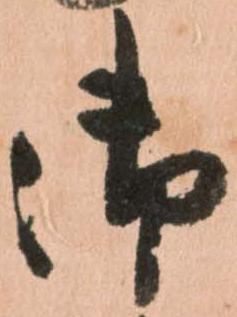
御